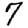
Digit: 7